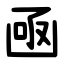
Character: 凾